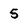
Character: 5